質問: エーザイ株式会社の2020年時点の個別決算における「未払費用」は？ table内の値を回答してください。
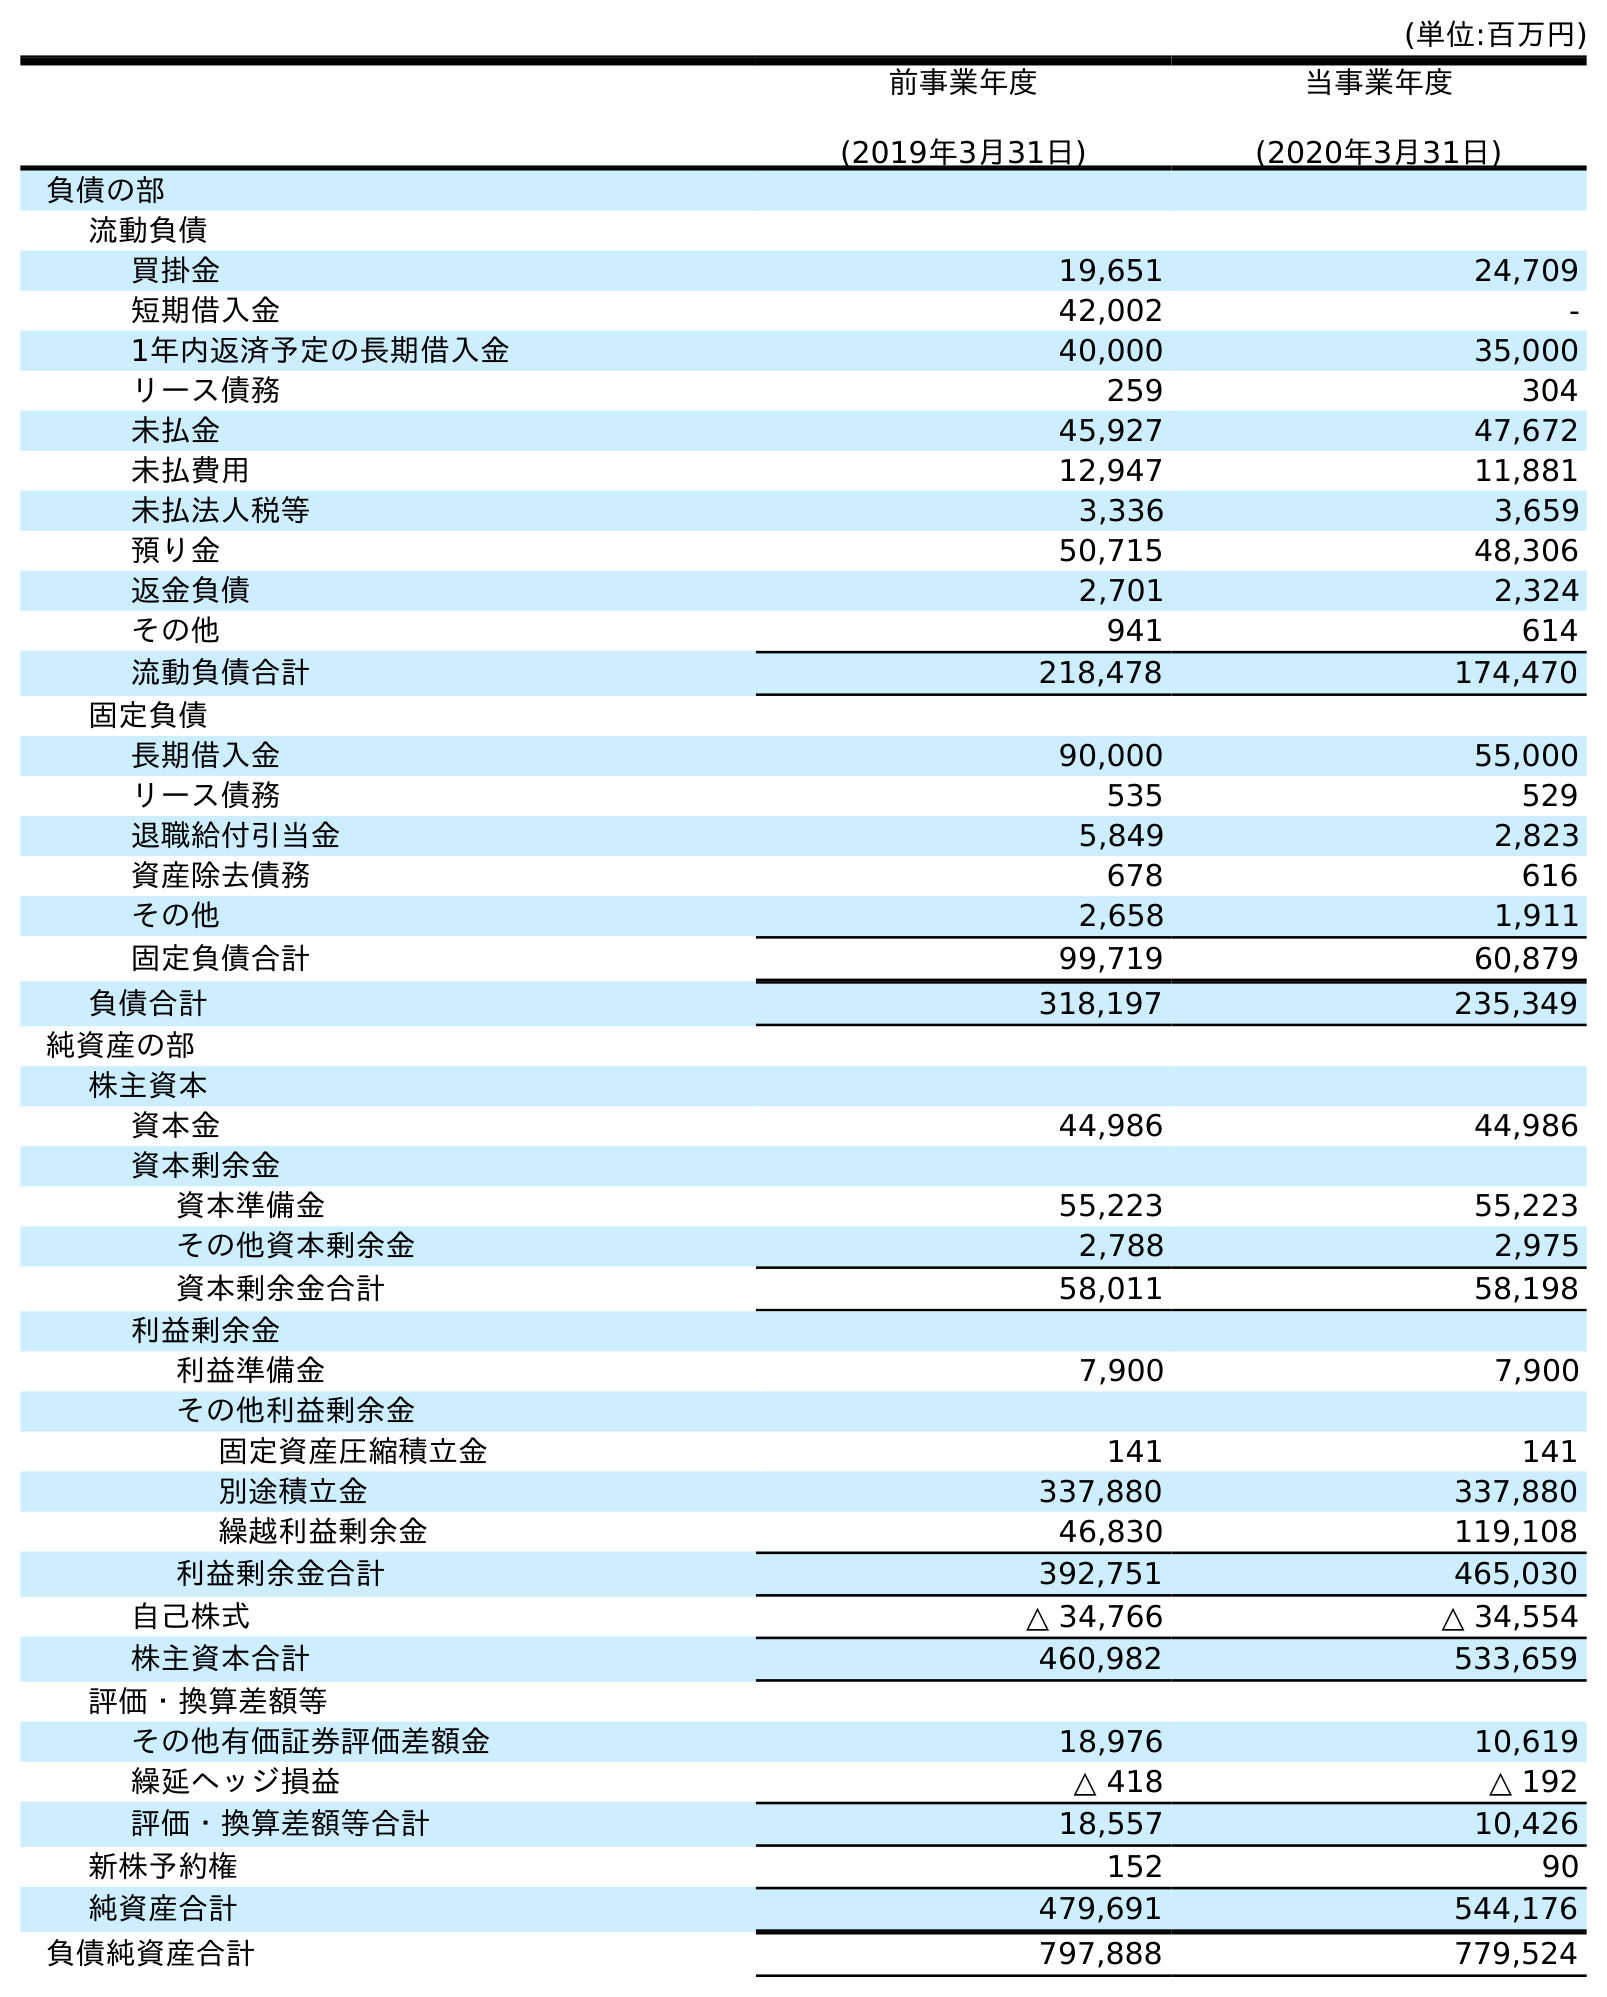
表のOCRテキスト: (単位:百万円) 前事業年度 (2019年3月31日) 当事業年度 (2020年3月31日) 負債の部 流動負債 買掛金 19,651 24,709 短期借入金 42,002 - 1年内返済予定の長期借入金 40,000 35,000 リース債務 259 304 未払金 45,927 47,672 未払費用 12,947 11,881 未払法人税等 3,336 3,659 預り金 50,715 48,306 返金負債 2,701 2,324 その他 941 614 流動負債合計 218,478 174,470 固定負債 長期借入金 90,000 55,000 リース債務 535 529 退職給付引当金 5,849 2,823 資産除去債務 678 616 その他 2,658 1,911 固定負債合計 99,719 60,879 負債合計 318,197 235,349 純資産の部 株主資本 資本金 44,986 44,986 資本剰余金 資本準備金 55,223 55,223 その他資本剰余金 2,788 2,975 資本剰余金合計 58,011 58,198 利益剰余金 利益準備金 7,900 7,900 その他利益剰余金 固定資産圧縮積立金 141 141 別途積立金 337,880 337,880 繰越利益剰余金 46,830 119,108 利益剰余金合計 392,751 465,030 自己株式 △ 34,766 △ 34,554 株主資本合計 460,982 533,659 評価・換算差額等 その他有価証券評価差額金 18,976 10,619 繰延ヘッジ損益 △ 418 △ 192 評価・換算差額等合計 18,557 10,426 新株予約権 152 90 純資産合計 479,691 544,176 負債純資産合計 797,888 779,524
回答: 11,881